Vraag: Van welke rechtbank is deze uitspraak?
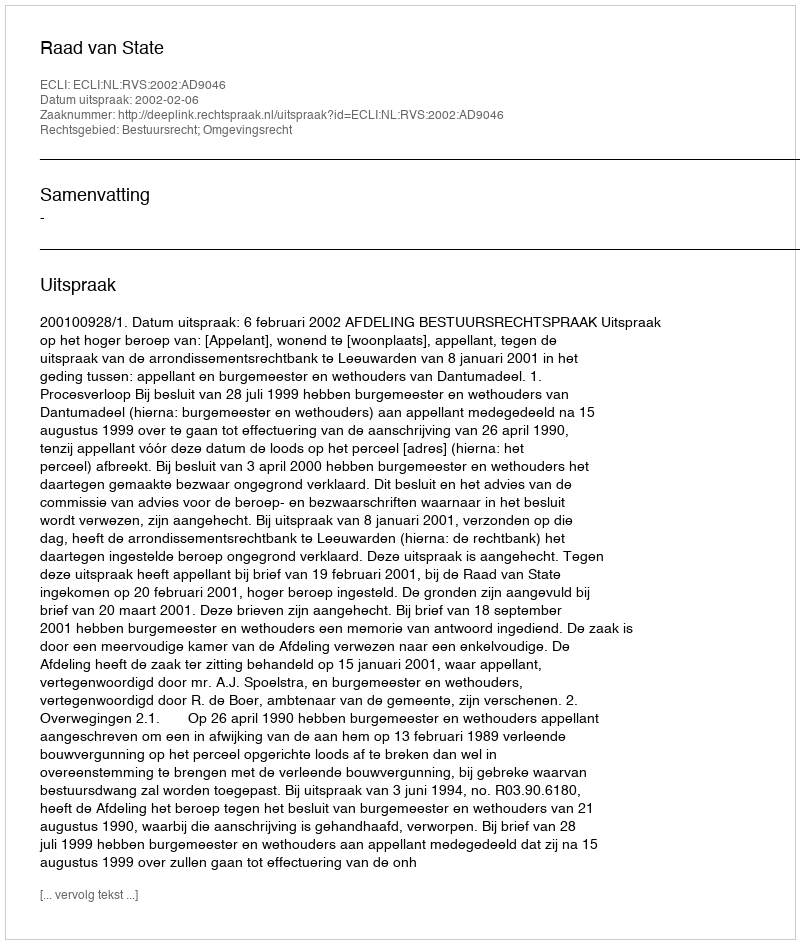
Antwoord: Raad van State